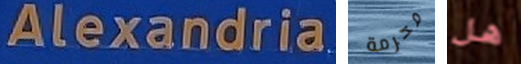
Alexandria محرمة هل